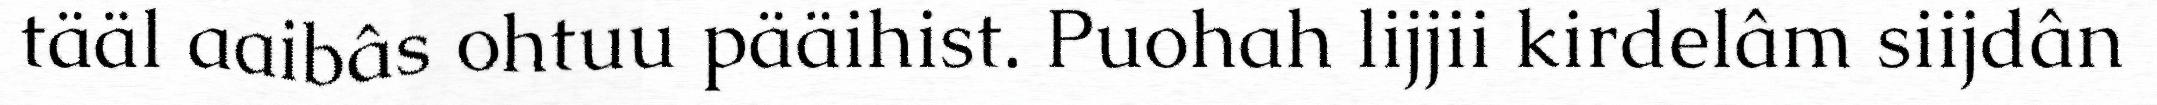
tääl aaibâs ohtuu pääihist. Puohah lijjii kirdelâm siijdân